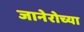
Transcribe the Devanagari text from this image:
जानेरोच्या